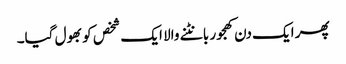
پھر ایک دن کھجور بانٹنے والا ایک شخص کو بھول گیا۔